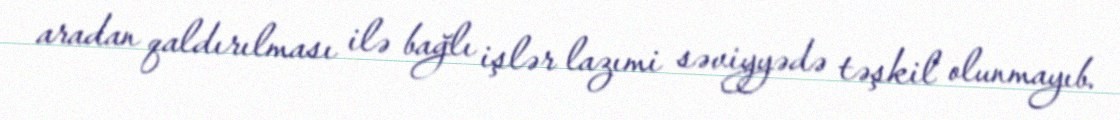
aradan qaldırılması ilə bağlı işlər lazımi səviyyədə təşkil olunmayıb.